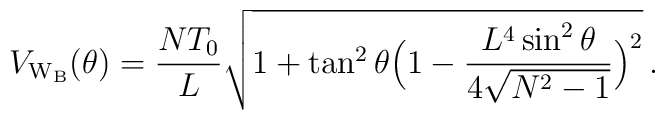
V_{\rm W_B}(\theta)=\frac{NT_0}{L}\sqrt{1+\tan^2{\theta}\Bigl(1-\frac{L^4\sin^2{\theta}}{4\sqrt{N^2-1}}\Bigr)^2}\, .